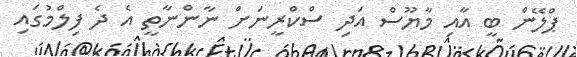
ޕްލޭން ބީ އާއި މާޔޫސް އަދި ސްކްރީނަށް ނާންނާތީ އެ ދެ ފިލްމުގައި